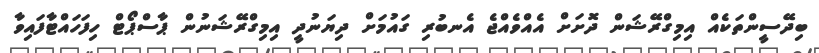
ބިދޭސީންތަކެއް އިމިގްރޭޝަން ދޮށަށް އެއްވެއްޖެ އެނބުރި ގައުމަށް ދިޔަނުދީ އިމިގްރޭޝަނުން ޕާސްޕޯޓް ހިފަހައްޓާފައިވާ